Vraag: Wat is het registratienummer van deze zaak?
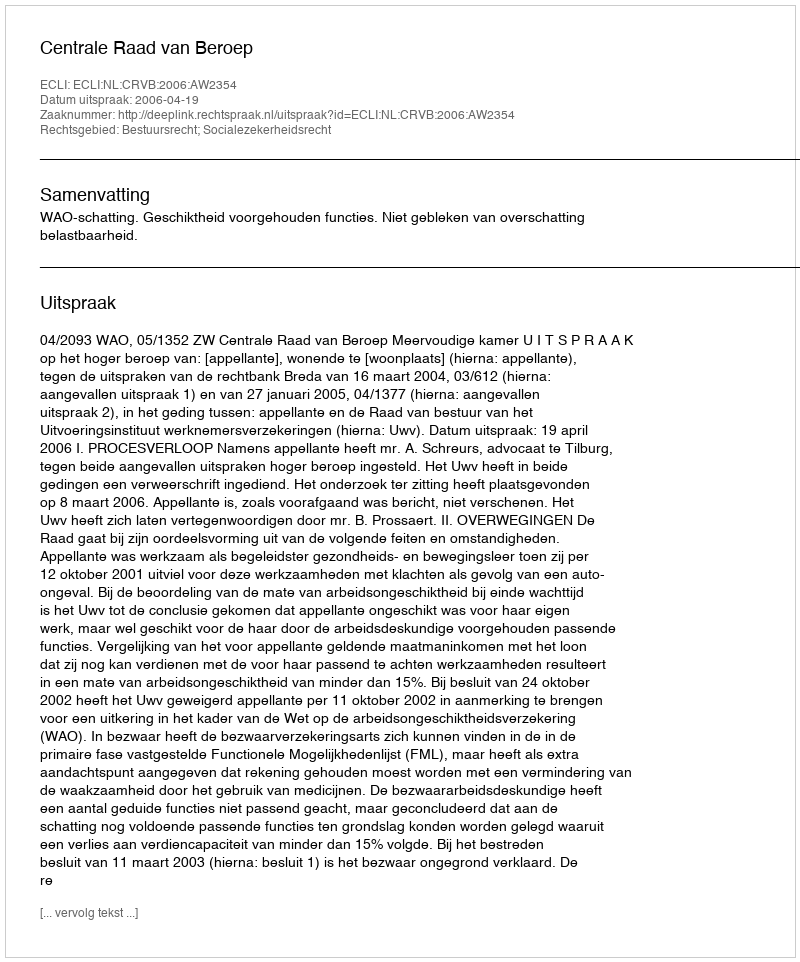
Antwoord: http://deeplink.rechtspraak.nl/uitspraak?id=ECLI:NL:CRVB:2006:AW2354